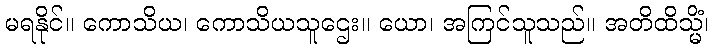
မရနိုင်။ ကောသိယ၊ ကောသိယသူဌေး။ ယော၊ အကြင်သူသည်။ အတိထိသ္မိံ၊